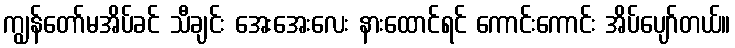
ကျွန်တော်မအိပ်ခင် သီချင်း အေးအေးလေး နားထောင်ရင် ကောင်းကောင်း အိပ်ပျော်တယ်။